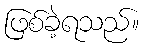
ဖြစ်ခဲ့ရသည်။